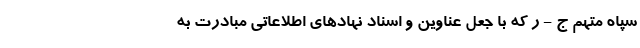
سپاه متهم ج - ر که با جعل عناوین و اسناد نهادهای اطلاعاتی مبادرت به